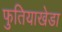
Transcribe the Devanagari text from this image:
फुतियाखेडा